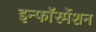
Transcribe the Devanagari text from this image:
इन्फाॅरर्मेशन